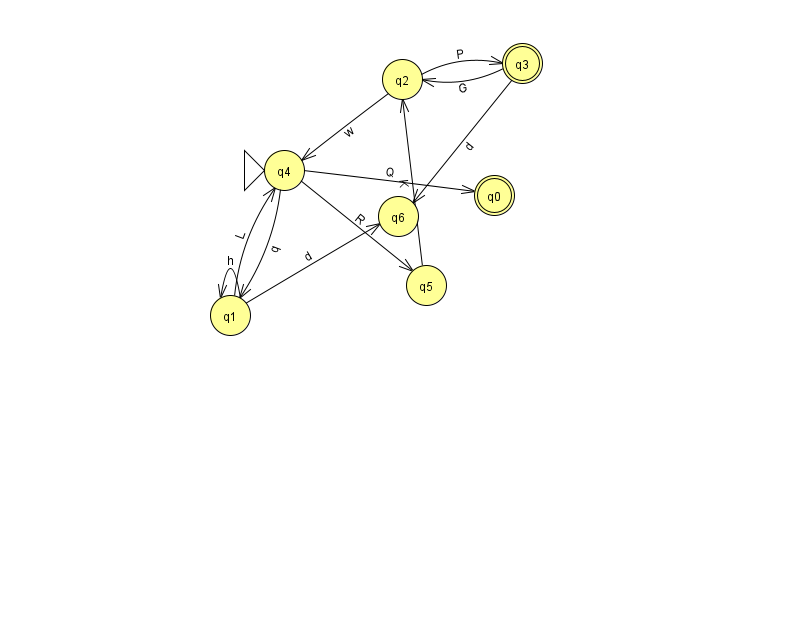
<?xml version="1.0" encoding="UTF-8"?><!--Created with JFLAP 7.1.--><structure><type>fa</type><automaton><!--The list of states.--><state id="0" name="q0"><x>494.0</x><y>182.0</y><final/></state><state id="1" name="q1"><x>230.0</x><y>302.0</y></state><state id="2" name="q2"><x>402.0</x><y>66.0</y></state><state id="3" name="q3"><x>522.0</x><y>50.0</y><final/></state><state id="4" name="q4"><x>284.0</x><y>157.0</y><initial/></state><state id="5" name="q5"><x>426.0</x><y>272.0</y></state><state id="6" name="q6"><x>398.0</x><y>203.0</y></state><!--The list of transitions.--><transition><from>4</from><to>1</to><read>q</read></transition><transition><from>5</from><to>2</to><read>K</read></transition><transition><from>2</from><to>4</to><read>w</read></transition><transition><from>4</from><to>0</to><read>Q</read></transition><transition><from>1</from><to>6</to><read>d</read></transition><transition><from>1</from><to>1</to><read>h</read></transition><transition><from>2</from><to>3</to><read>P</read></transition><transition><from>3</from><to>6</to><read>d</read></transition><transition><from>1</from><to>4</to><read>L</read></transition><transition><from>3</from><to>2</to><read>G</read></transition><transition><from>4</from><to>5</to><read>R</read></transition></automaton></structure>